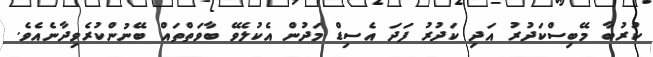
ކުރުބާ މޭބިސްކަދުރު އަދި ކަދުރު ފަދަ އެސިޑް މަދުން އެކުލެވޭ ބާވަތްތައް ބޭނުންކުރެވިދާނެއެވެ.